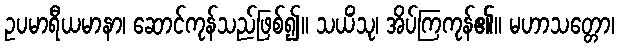
ဥပမာရီယမာနာ၊ ဆောင်ကုန်သည်ဖြစ်၍။ သယိံသု၊ အိပ်ကြကုန်၏။ မဟာသတ္တော၊